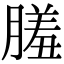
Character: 𦟤